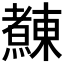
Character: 𰟴